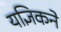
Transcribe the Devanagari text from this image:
यज्ञिकने